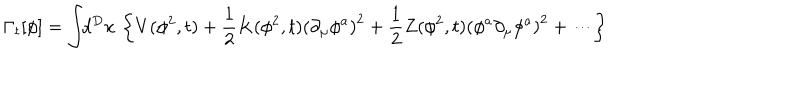
LaTeX: \Gamma _ { t } [ \phi ] = \int \! \! d ^ { D } x \, \left\{ V ( \phi ^ { 2 } , t ) + \frac { 1 } { 2 } K ( \phi ^ { 2 } , t ) \left( \partial _ { \mu } \phi ^ { a } \right) ^ { 2 } + \frac { 1 } { 2 } Z ( \phi ^ { 2 } , t ) \left( \phi ^ { a } \partial _ { \mu } \phi ^ { a } \right) ^ { 2 } + \cdots \right\}